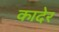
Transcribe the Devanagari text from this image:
कादेर